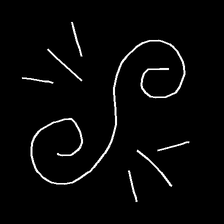
Glyph: wind-directs-air